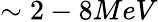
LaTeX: \sim 2-8MeV